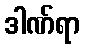
ဒါဏ်ရာ